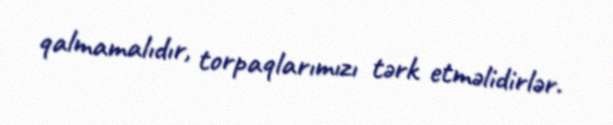
qalmamalıdır, torpaqlarımızı tərk etməlidirlər.